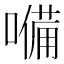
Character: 𡀠